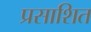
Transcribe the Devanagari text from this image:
प्रसाशित